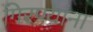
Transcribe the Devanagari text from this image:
गिरण्यांना